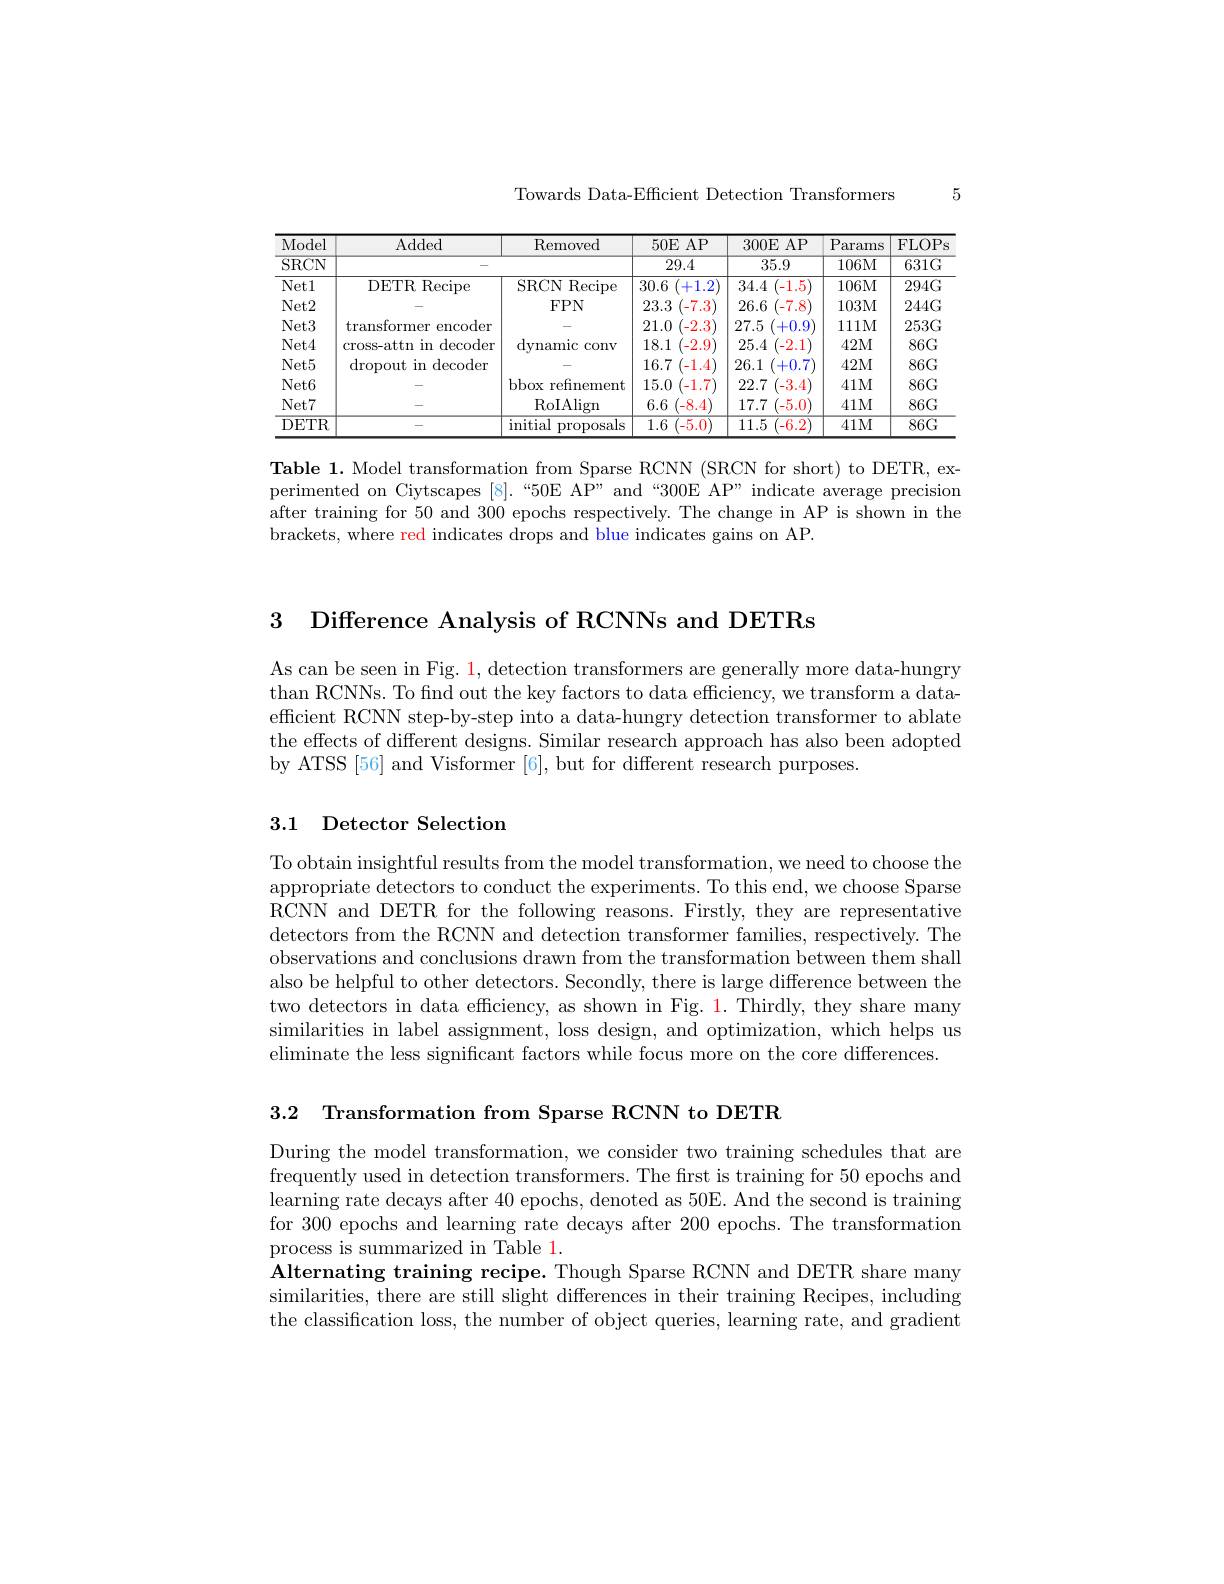
5

Towards Data-Efficient Detection Transformers

<table>
	<tbody>
		<tr>
			<th>Model</th>
			<th>Added</th>
			<th>Removed</th>
			<th>$50\mathbf{E}$ AP</th>
			<th>300E AP</th>
			<th>Params</th>
			<th>FLOPs</th>
		</tr>
		<tr>
			<td>$\overline{\mathrm{SRCN}}$</td>
			<td> </td>
			<td> </td>
			<td>29.4</td>
			<td>35.9</td>
			<td>106M</td>
			<td>$631G$</td>
		</tr>
		<tr>
			<td>$Net1$</td>
			<td>DETR Recipe</td>
			<td>SRCN Recipe</td>
			<td>30.6 +1.2</td>
			<td>34.4 (-1.5</td>
			<td>106M</td>
			<td>$294G$</td>
		</tr>
		<tr>
			<td>Net2</td>
			<td> </td>
			<td>$FPN$</td>
			<td>23.3 (-7.3</td>
			<td>(-7.8 26.6</td>
			<td>103M</td>
			<td>$244G$</td>
		</tr>
		<tr>
			<td>$Net3$</td>
			<td>transformer encoder - </td>
			<td> </td>
			<td>21.0 -2.3</td>
			<td>27.5 +0.9</td>
			<td>1111M</td>
			<td>$253G$</td>
		</tr>
		<tr>
			<td>$Net4$</td>
			<td>cross-attn in decoder</td>
			<td>dvnamic 1 COnv</td>
			<td>18.1 -2.9</td>
			<td>25.4 -2.1</td>
			<td>42M</td>
			<td>$86G$</td>
		</tr>
		<tr>
			<td>$Net5$</td>
			<td>dropout in decoder</td>
			<td> </td>
			<td>16.7 $^{\prime}-1.4$</td>
			<td>26.1 +0.7</td>
			<td>42M</td>
			<td>$86G$</td>
		</tr>
		<tr>
			<td>$Net6$</td>
			<td> </td>
			<td>bbox refinement</td>
			<td>15.0 $^{\prime}-1.7^{\prime}$</td>
			<td>(-3.4 22.7</td>
			<td>41M</td>
			<td>$86G$</td>
		</tr>
		<tr>
			<td>$Net7$</td>
			<td> </td>
			<td>$\operatorname{RoIAlign}$</td>
			<td>6.6 $^{\prime}-8.4$</td>
			<td>17.7 -5.0</td>
			<td>41M</td>
			<td>$86G$</td>
		</tr>
		<tr>
			<td>DETR</td>
			<td> </td>
			<td>$\operatorname{initial}$ proposals</td>
			<td>1.6 -5.0</td>
			<td>11.5 -6.2</td>
			<td>41M</td>
			<td>$86G$</td>
		</tr>
	</tbody>
</table>

Table 1. Model transformation from Sparse RCNN (SRCN for short) to DETR, experimented on Ciytscapes [8].“50E AP” and“300E AP” indicate average precision after training for 50 and 300 epochs respectively. The change in AP is shown in the brackets, where red indicates drops and blue indicates gains on AP.

3 Difference Analysis of RCNNs and DETRs

As can be seen in Fig. $\color{red}1$, detection transformers are generally more data-hungry than RCNNs. To find out the key factors to data efficiency, we transform a dataefficient RCNN step-by-step into a data-hungry detection transformer to ablate the effects of different designs. Similar research approach has also been adopted by ATSS [56] and Visformer [6], but for different research purposes.

## 3.1 Detector Selection

To obtain insightful results from the model transformation, we need to choose the appropriate detectors to conduct the experiments. To this end, we choose Sparse RCNN and DETR for the following reasons. Firstly, they are representative detectors from the RCNN and detection transformer families, respectively. The observations and conclusions drawn from the transformation between them shall also be helpful to other detectors. Secondly, there is large difference between the two detectors in data efficiency, as shown in Fig. 1. Thirdly, they share many similarities in label assignment, loss design, and optimization, which helps us eliminate the less significant factors while focus more on the core differences.

3.2 Transformation from Sparse RCNN to DETR

During the model transformation, we consider two training schedules that are frequently used in detection transformers. The first is training for 50 epochs and learning rate decays after 40 epochs, denoted as 50E. And the second is training for 300 epochs and learning rate decays after 200 epochs. The transformation process is summarized in Table 1.
Alternating training recipe. Though Sparse RCNN and DETR share many similarities, there are still slight differences in their training Recipes, including the classification loss, the number of object queries, learning rate, and gradient